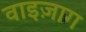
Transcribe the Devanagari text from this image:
वाइज़ाग